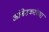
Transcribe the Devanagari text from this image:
आंबेडकरंच्या